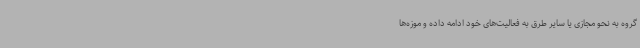
گروه به نحو مجازی یا سایر طرق به فعالیت‌های خود ادامه داده و موزه‌ها